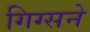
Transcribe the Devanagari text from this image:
गिग्सने